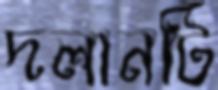
দলানটি